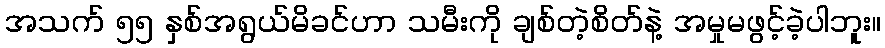
အသက် ၅၅ နှစ်အရွယ်မိခင်ဟာ သမီးကို ချစ်တဲ့စိတ်နဲ့ အမှုမဖွင့်ခဲ့ပါဘူး။